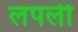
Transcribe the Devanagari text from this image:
लपली